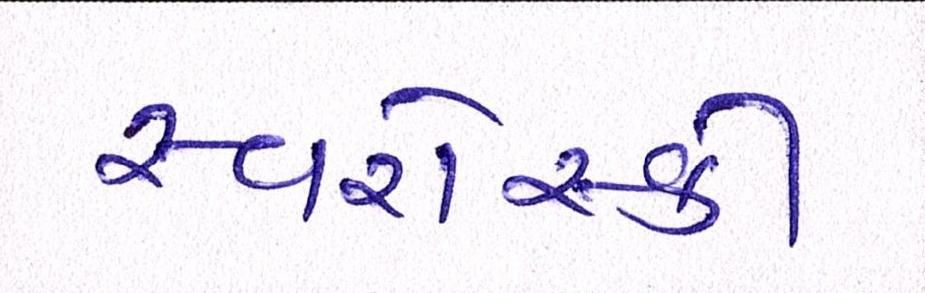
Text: સ્વરોસ્કી